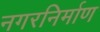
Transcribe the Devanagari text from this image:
नगरनिर्माण